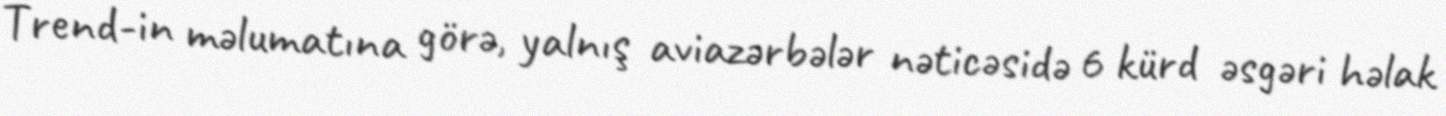
Trend-in məlumatına görə, yalnış aviazərbələr nəticəsidə 6 kürd əsgəri həlak